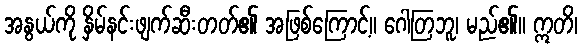
အနွယ်ကို နှိမ်နင်းဖျက်ဆီးတတ်၏ အဖြစ်ကြောင့်။ ဂေါတြဘူ၊ မည်၏။ ဣတိ၊